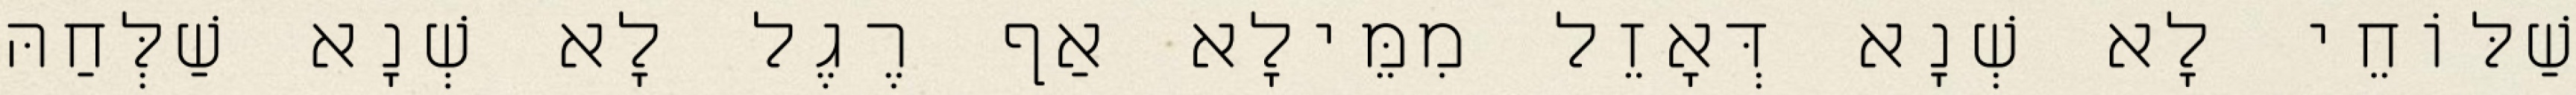
שַׁלּוֹחֵי לָא שְׁנָא דְּאָזֵל מִמֵּילָא אַף רֶגֶל לָא שְׁנָא שַׁלְּחַהּ